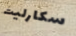
سكارليت